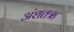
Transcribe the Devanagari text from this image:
अंशतऋ